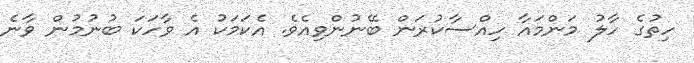
ހިތުގެ ހާލު މަންމައާ ހިއްސާކުރަން ބޭނުންވިއެވެ. އެކަމަކު އެ ވާހަކަ ބުނުމުން ވާނެ